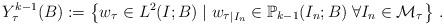
LaTeX: \begin{align*}Y_\tau^{k-1} (B) := \left\{w_\tau \in L^2(I;B) \mid w_\tau{}_{|I_n} \in \mathbb P_{k-1}(I_n;B)\; \forall I_n\in \mathcal M_\tau \right\}\,.\end{align*}